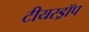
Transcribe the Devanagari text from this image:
टीयरड्रॉप